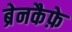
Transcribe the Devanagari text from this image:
ब्रेनकैफ़े